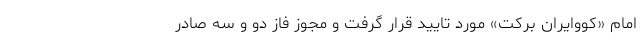
امام «کووایران برکت» مورد تایید قرار گرفت و مجوز فاز دو و سه صادر